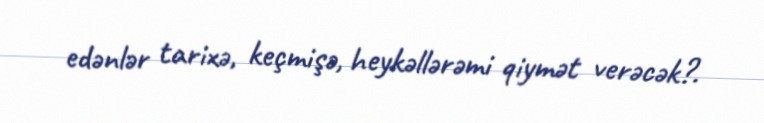
edənlər tarixə, keçmişə, heykəllərəmi qiymət verəcək?.